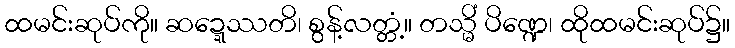
ထမင်းဆုပ်ကို။ ဆဍ္ဍေဿတိ၊ စွန့်လတ္တံ့။ တသ္မိံ ပိဏ္ဍေ၊ ထိုထမင်းဆုပ်၌။